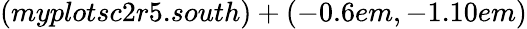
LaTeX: (myplotsc2r5.south)+(-0.6em,-1.10em)